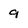
Character: 9